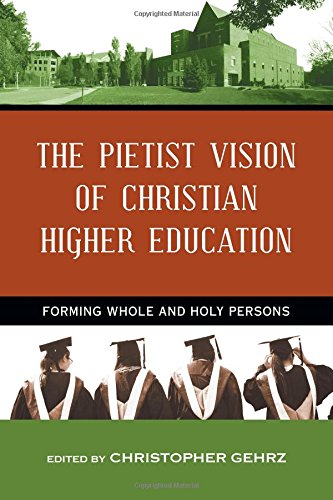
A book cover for The Pietist Vision of Christian Higher Education: Forming Whole and Holy Persons; Education & Teaching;